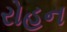
રોહન